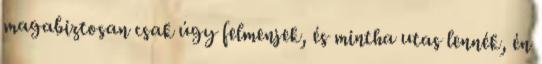
magabiztosan csak úgy felmenjek, és mintha utas lennék, én